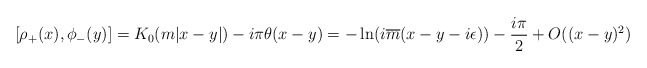
\begin{align*}[\rho_{+}(x), \phi_{-}(y)] = K_{0}(m | x-y | ) - i \pi \theta (x-y)= -\ln (i \overline{m} (x-y-i\epsilon)) - \frac{i\pi}{2}+ O ((x-y)^{2}) \,\end{align*}